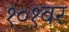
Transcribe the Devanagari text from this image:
१०१वर